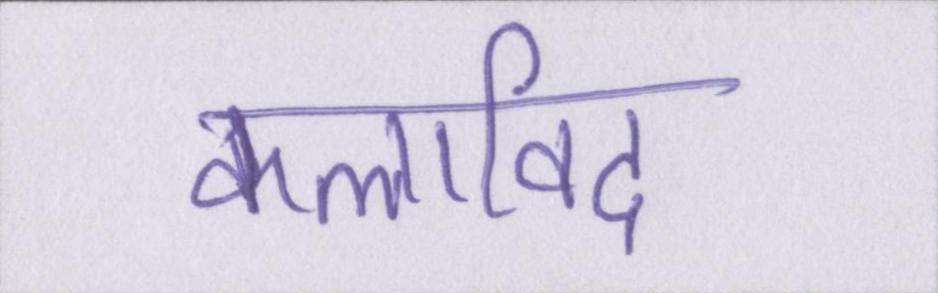
कलाविद